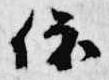
依